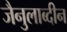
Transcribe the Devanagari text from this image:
जैनुलाब्दीन